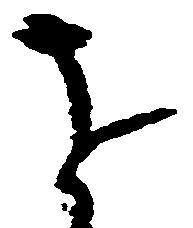
を